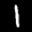
Label: 1